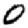
Digit: 0